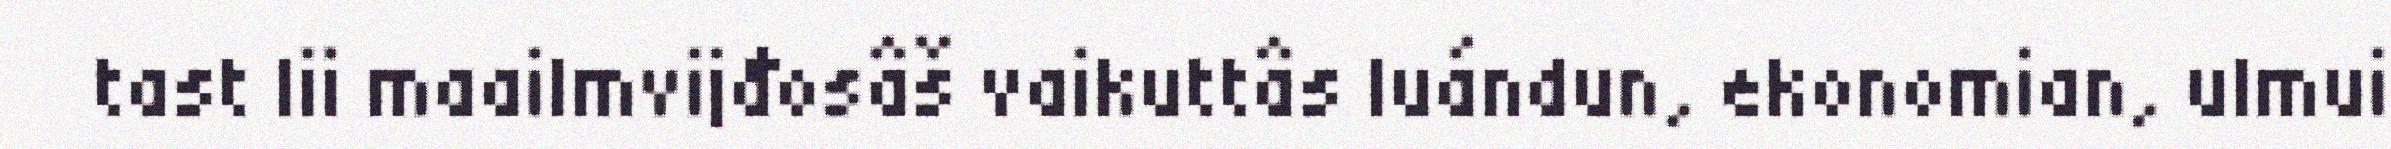
tast lii maailmvijđosâš vaikuttâs luándun, ekonomian, ulmui